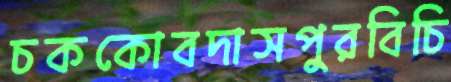
চককোবদাসপুরবিচি